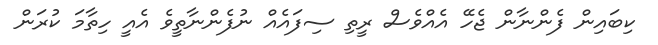
ކިބައިން ފެންނާން ޖެހޭ އެއްވެސް ރީތި ސިފައެއް ނުފެންނާތީވެ އެއީ ހިތާމަ ކުރަން